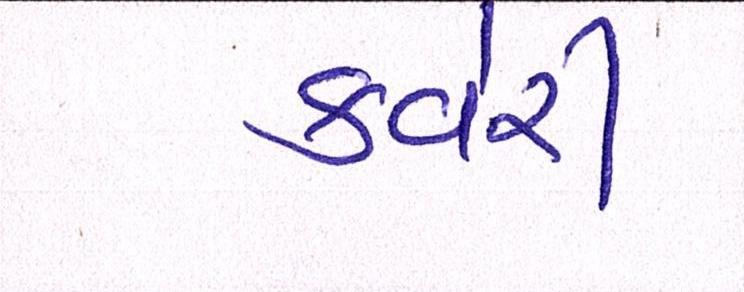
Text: કવેરી